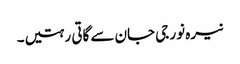
نیرہ نور جی جان سے گاتی رہتیں۔